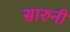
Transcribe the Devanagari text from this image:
सारुनी